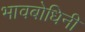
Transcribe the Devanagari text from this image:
भावबोधिनी